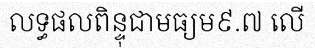
លទ្ធផលពិន្ទុជាមធ្យម៩.៧ លើ